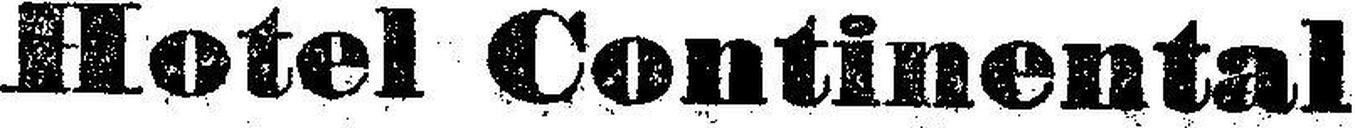
Hotel Continental